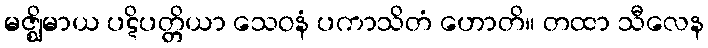
မဇ္ဈိမာယ ပဋိပတ္တိယာ သေဝနံ ပကာသိတံ ဟောတိ။ တထာ သီလေန